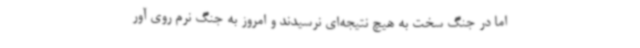
اما در جنگ سخت به هیچ نتیجه‌ای نرسیدند و امروز به جنگ نرم روی آور